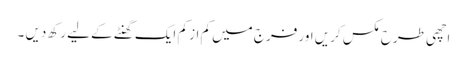
اچھی طرح مکس کریں اور فرج میں کم از کم ایک گھنٹے کے لیے رکھ دیں ۔